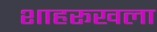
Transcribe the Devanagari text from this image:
शाहरूखला